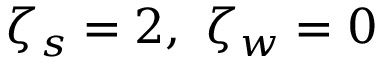
\zeta _ { s } = 2 , \ \zeta _ { w } = 0